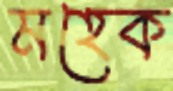
মহেক